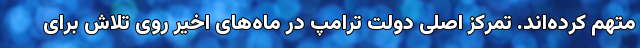
متهم کرده‌اند. تمرکز اصلی دولت ترامپ در ماه‌های اخیر روی تلاش برای